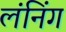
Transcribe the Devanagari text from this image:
लंनिंग